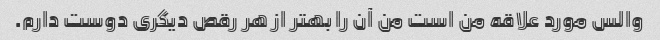
والس مورد علاقه من است من آن را بهتر از هر رقص دیگری دوست دارم.